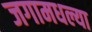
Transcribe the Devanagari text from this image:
जगामधल्या